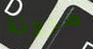
مرونة